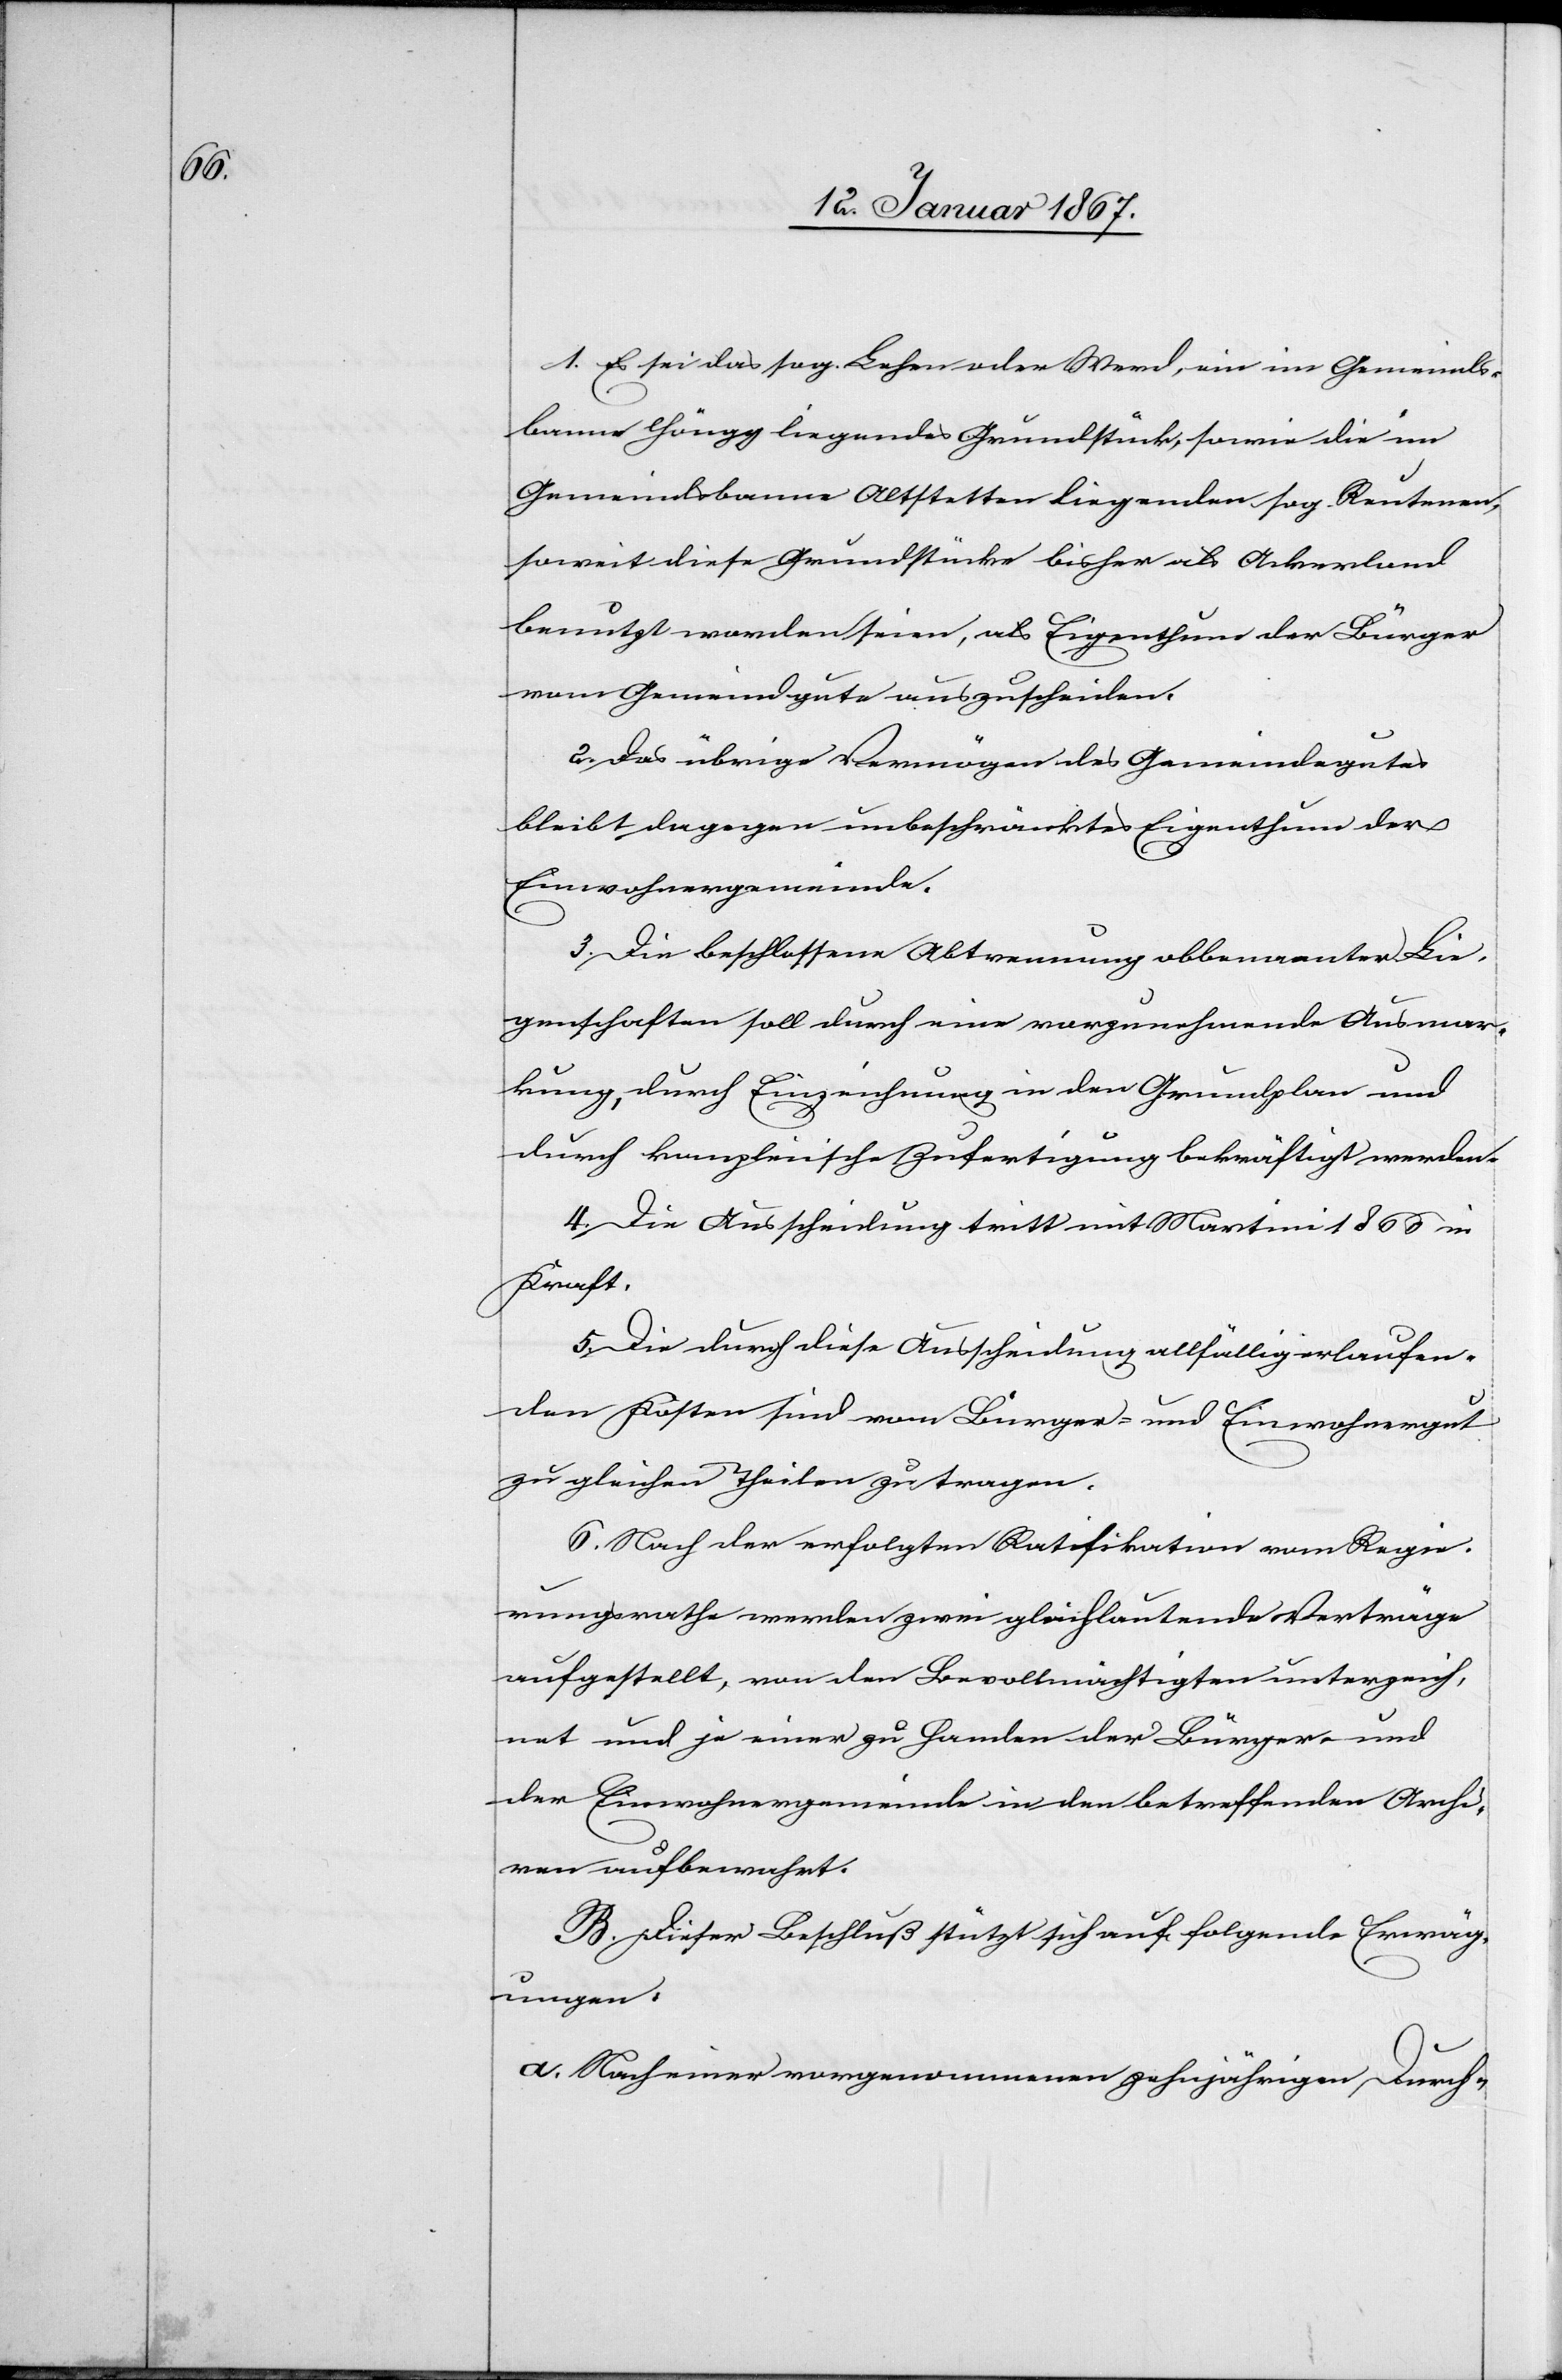
1. Es sei das sog. Lehen oder Werd, ein im Gemeinds¬
banne Höngg liegendes Grundstück, sowie die im
Gemeindsbanne Altstetten liegenden sog. Reutenen,
soweit diese Grundstücke bisher als Ackerland
benutzt worden seien, als Eigenthum der Bürger
vom Gemeindgute auszuscheiden.
2. Das übrige Vermögen des Gemeindegutes
bleibt dagegen unbeschränktes Eigenthum der
Einwohnergemeinde.
3. Die beschlossene Abtrennung obbenannter Lie¬
genschaften soll durch eine vorzunehmende Ausmar¬
kung, durch Einziehung in den Grundplan und
durch kanzleiische Zufertigung bekräftigt werden.
4. Die Ausscheidung tritt mit Martini 1866 in
Kraft.
5. Die durch diese Ausscheidung allfällig erlaufen¬
den Kosten sind vom Bürger- und Einwohnergut
zu gleichen Theilen zu tragen.
6. Nach der erfolgten Ratifikation vom Regie¬
rungsrath werden zwei gleichlautende Verträge
aufgestellt, von den Bevollmächtigen unterzeich¬
net und je einer zu Handen der Bürger- und
der Einwohnergemeinde in den betreffenden Archi¬
ven aufbewahrt.
B. Dieser Beschluß stützt sich auf folgende Erwäg¬
ungen:
a. Nach einer vorgenommenen zehnjährigen Durch-